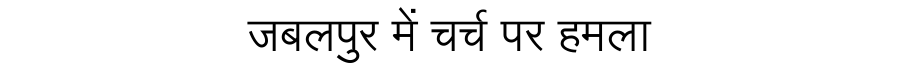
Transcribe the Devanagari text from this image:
जबलपुर में चर्च पर हमला